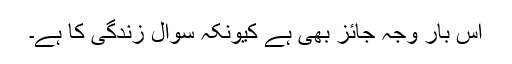
اس بار وجہ جائز بھی ہے کیونکہ سوال زندگی کا ہے۔